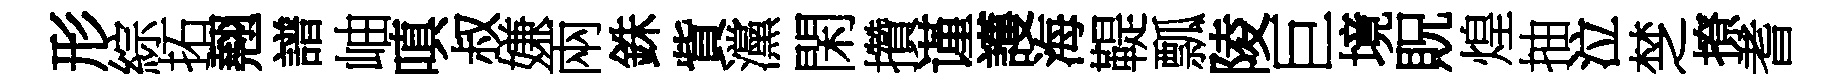
形綜拓翹譜岫嗔叔嫌兩銖貲灙閑攢谨護海鞮瓢陵巨境貺煌抽泣椘撩耆